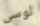
لوسى